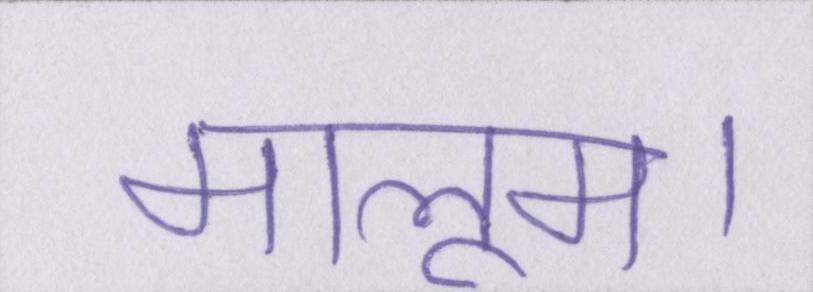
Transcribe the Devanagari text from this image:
मालूम।